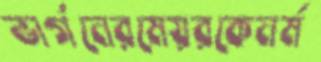
ভার্গনেরমেয়রকেনর্ম